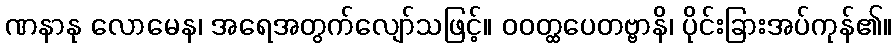
ဏနာနု လောမေန၊ အရေအတွက်လျော်သဖြင့်။ ဝဝတ္ထပေတဗ္ဗာနိ၊ ပိုင်းခြားအပ်ကုန်၏။